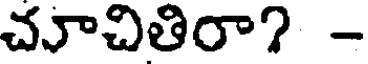
చూచితిరా? -